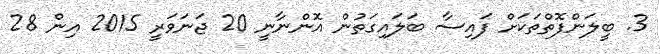
3. ބީލަންފޮތްތަކަށް ފައިސާ ބަލައިގަތުން އޮންނާނީ 20 ޖަނަވަރީ 2015 އިން 28